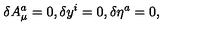
\delta A _ { \mu } ^ { a } = 0 , \delta y ^ { i } = 0 , \delta \eta ^ { a } = 0 ,